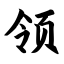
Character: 领